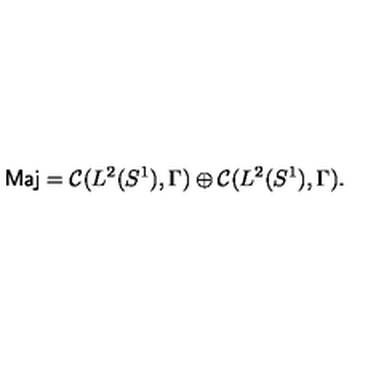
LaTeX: \mathrm { \sf M a j } = { \cal C } ( L ^ { 2 } ( S ^ { 1 } ) , \Gamma ) \oplus { \cal C } ( L ^ { 2 } ( S ^ { 1 } ) , \Gamma ) .